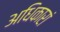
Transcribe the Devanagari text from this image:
अधिकारां